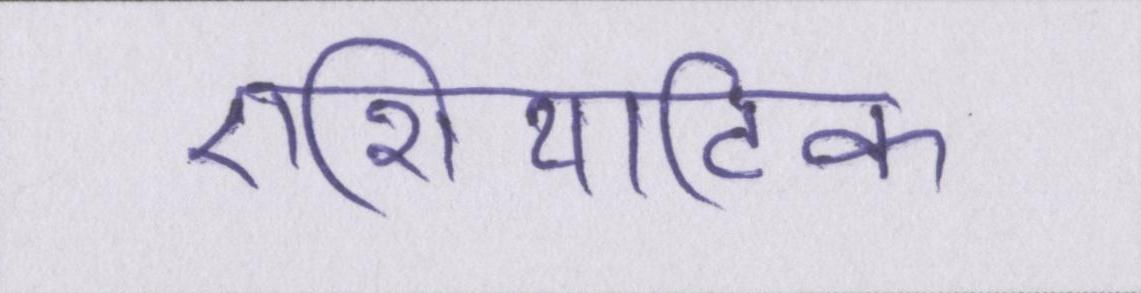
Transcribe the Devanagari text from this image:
एशियाटिक